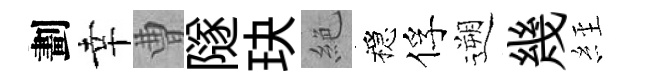
劃幸曹隧玦絶穩俘遡幾𦀇